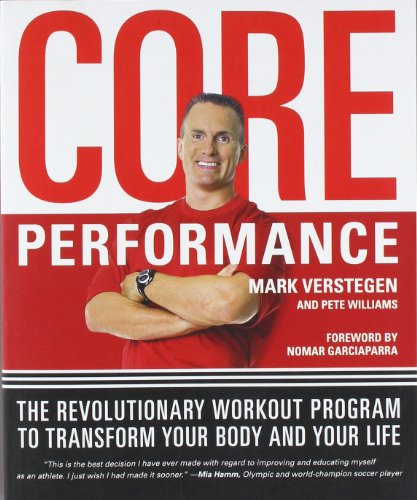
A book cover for Core Performance: The Revolutionary Workout Program to Transform Your Body and Your Life; Mark Verstegen; Health, Fitness & Dieting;